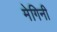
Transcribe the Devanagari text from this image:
मेगिनी